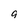
Character: q